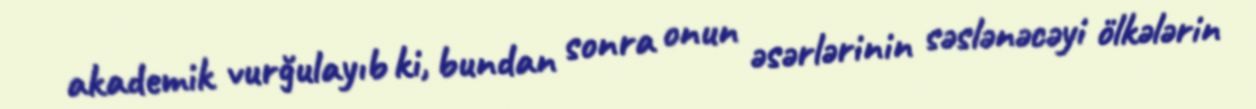
akademik vurğulayıb ki, bundan sonra onun əsərlərinin səslənəcəyi ölkələrin